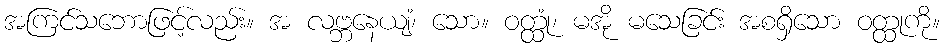
အကြင်သဘောဖြင့်လည်း။ အ လဗ္ဘနေယျံ၊ သော။ ဝတ္ထုံ၊ မအို မသေခြင်း အစရှိသော ဝတ္ထုကို။